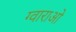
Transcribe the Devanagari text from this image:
ग्वाराओ